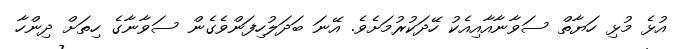
އުޅެ މުޅި ހަޔާތް ސަވާނާއާއިއެކު ހޭދަކުރުމަށެވެ. އޭނަ ބަދަލުހިފަންވެގެން ސަވާނާގެ ހިތަށް ދިންހާ